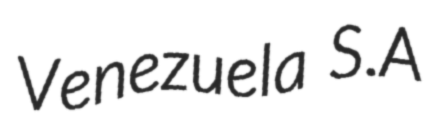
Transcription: Venezuela S.A